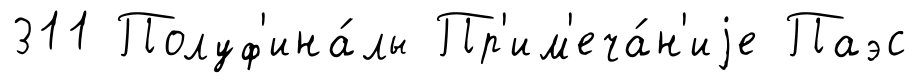
311 Полуф'ина́лы Пр'им'еча́н'иjе Паэс